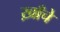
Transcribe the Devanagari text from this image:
ख़ाँचे